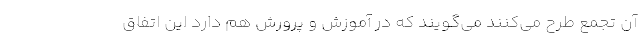
آن تجمع طرح می‌کنند می‌گویند که در آموزش و پرورش هم دارد این اتفاق